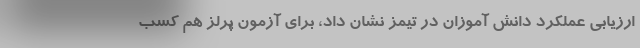
ارزیابی عملکرد دانش آموزان در تیمز نشان داد، برای آزمون پرلز هم کسب